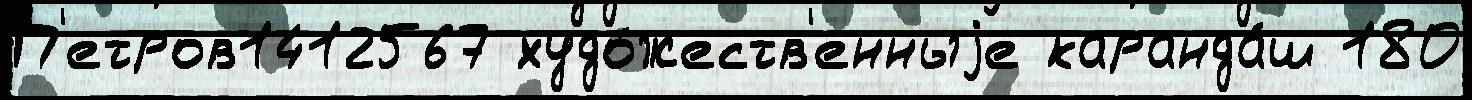
П'етров1412567 худо́жеств'енныjе каранда́ш 180